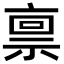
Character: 禀